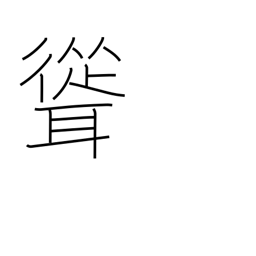
Meaning: tower